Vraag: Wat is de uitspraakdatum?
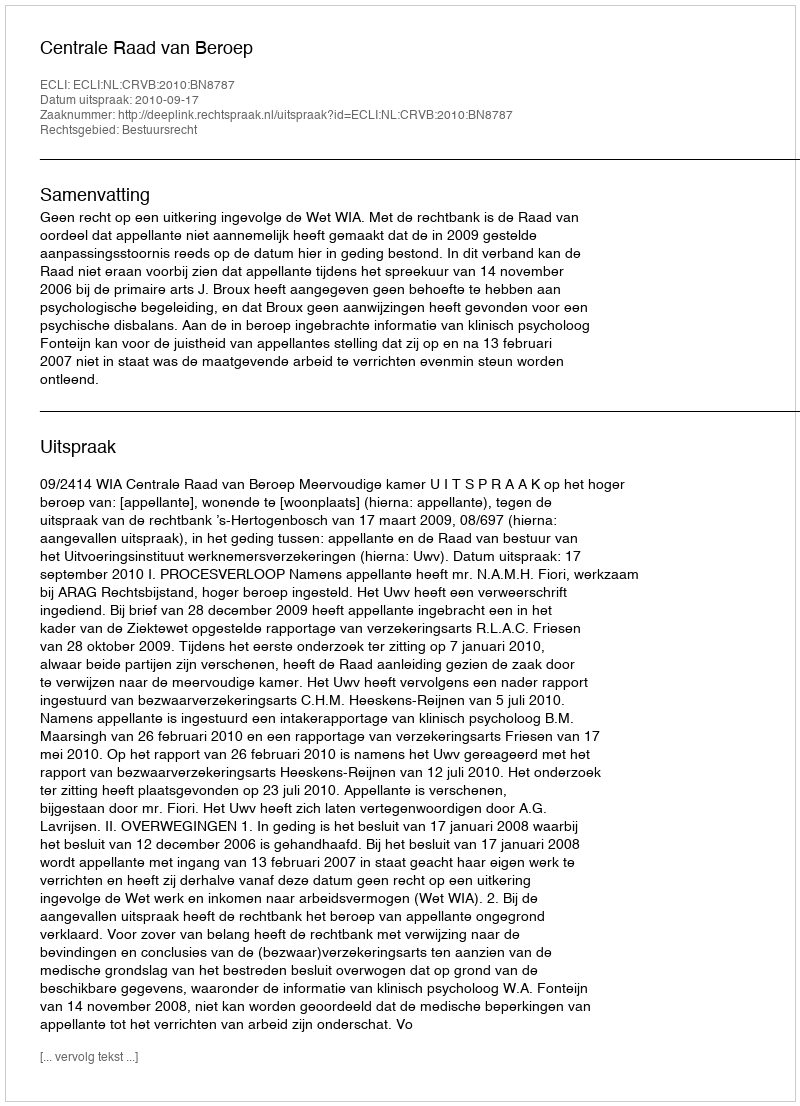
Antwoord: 2010-09-17